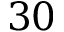
3 0